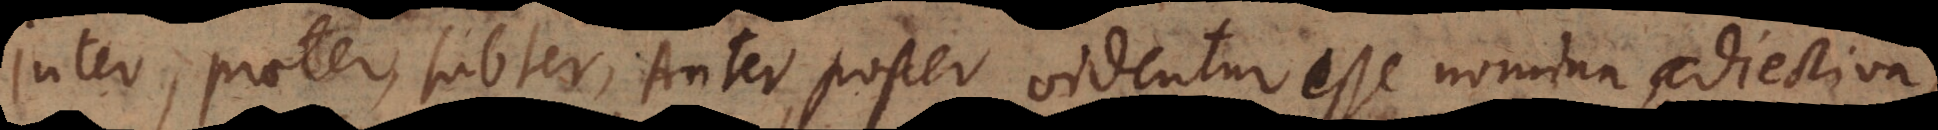
Inter, praeter, subter, Anter, poster videntur esse nomina adjectiva,